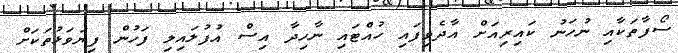
ސޯފާތަކާއި ނުހަނު ކައިރިއަށް އާދެވިފައި ހުއްޓައި ނާހިދާ އިސް އުފުލައިލި ފަހުން ފިޔަވަޅުތަކަށް